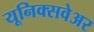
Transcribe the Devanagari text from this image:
यूनिक्सवेअर